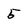
Character: 5